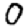
Digit: 0